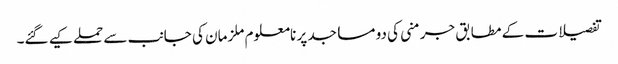
تفصیلات کے مطابق جرمنی کی دو مساجد پر نامعلوم ملزمان کی جانب سے حملے کیے گئے۔